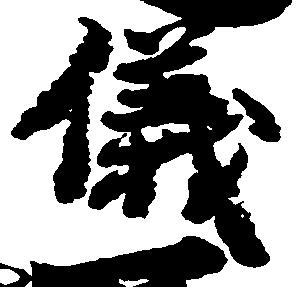
儀